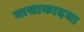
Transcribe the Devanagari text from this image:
मासाकादजा